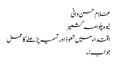
غلام حسن وانی
نیوہ پلوامہ کشمیر
اقتداء میں تعوذ اور تسمیہ پڑھنے کا عمل
جواب:۔